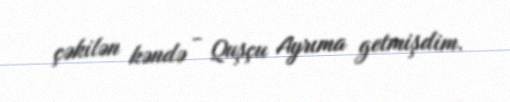
çəkilən kəndə - Quşçu Ayrıma getmişdim.